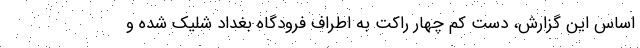
اساس این گزارش، دست کم چهار راکت به اطراف فرودگاه بغداد شلیک شده و